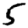
Digit: 5